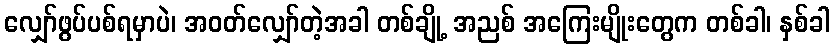
လျှော်ဖွပ်ပစ်ရမှာပဲ၊ အဝတ်လျှော်တဲ့အခါ တစ်ချို့ အညစ် အကြေးမျိုးတွေက တစ်ခါ၊ နှစ်ခါ